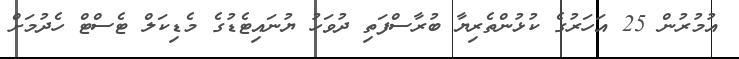
އުމުރުން 25 އަހަރުގެ ކުޅުންތެރިޔާ ބުރާސްފަތި ދުވަހު ޔުނައިޓެޑުގެ މެޑިކަލް ޓެސްޓް ހެދުމަށް